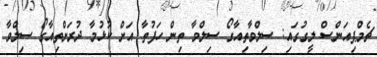
ޗެމްޕިއަންސް ލީގުގައި: ސިލްވާތިއާގޯ ސިލްވާ ތިން ހަފުތާ އަށް ކުޅުމާ ދުރަށްތިއާގޯ ސިލްވާ